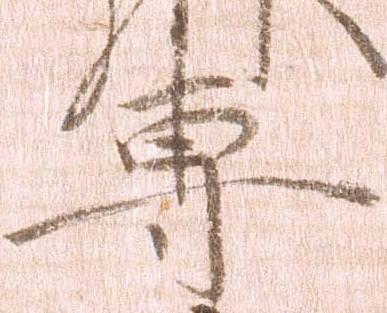
専